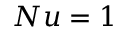
N u = 1